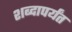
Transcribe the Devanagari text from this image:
शब्दापर्यंत